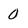
Character: 0